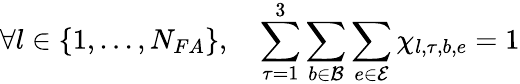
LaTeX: \forall l\in\{ 1,...,N_{FA}\} ,\quad\sum_{\tau=1}^{3}\sum_{b\in\mathcal{B}}\sum_{e\in\mathcal{E}}\chi_{l,\tau,b,e}=1